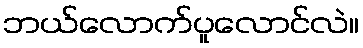
ဘယ်လောက်ပူလောင်လဲ။